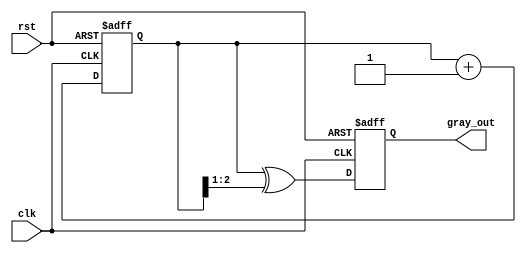
module gray_code_counter #(
    parameter N = 3  // Parameter for the number of bits
)(
    input wire clk,   // Clock signal
    input wire rst,   // Asynchronous reset signal
    output reg [N-1:0] gray_out  // Gray code output
);

    reg [N-1:0] binary_count;  // Internal binary counter

    // Gray code conversion function
    function [N-1:0] binary_to_gray;
        input [N-1:0] binary;
        begin
            binary_to_gray = binary ^ (binary >> 1);
        end
    endfunction

    // Sequential logic for counting
    always @(posedge clk or posedge rst) begin
        if (rst) begin
            binary_count <= 0;  // Reset binary counter to 0
            gray_out <= binary_to_gray(0);  // Reset gray output to 0
        end else begin
            binary_count <= binary_count + 1;  // Increment binary counter
            gray_out <= binary_to_gray(binary_count);  // Convert to Gray code
        end
    end

endmodule